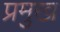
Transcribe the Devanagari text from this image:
प्रमुख्‍ा